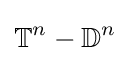
\mathbb {T} ^{n}-\mathbb {D} ^{n}